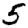
Digit: 5